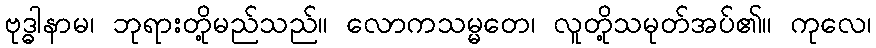
ဗုဒ္ဓါနာမ၊ ဘုရားတို့မည်သည်။ လောကသမ္မတေ၊ လူတို့သမုတ်အပ်၏။ ကုလေ၊